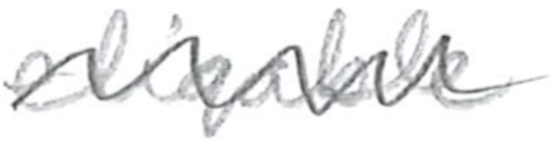
Text: eligible
Cross-out: wave
Writing tool: pencil